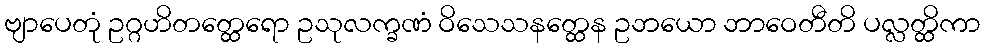
ဗျာပေတုံ ဥဂ္ဂဟိတတ္ထေရော ဥသုလက္ခဏံ ဝိသေသနတ္ထေန ဥဘယော ဘာဝေတီတိ ပလ္လတ္ထိကာ